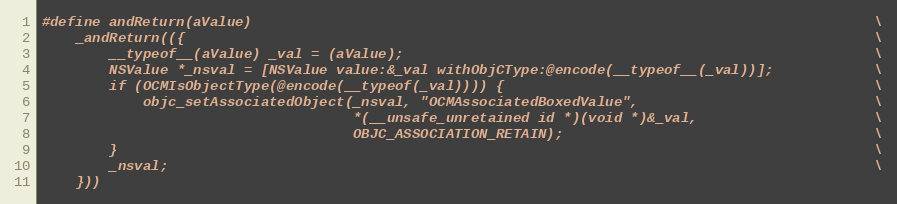
Language: C
#define andReturn(aValue)                                                                          \
    _andReturn(({                                                                                  \
        __typeof__(aValue) _val = (aValue);                                                        \
        NSValue *_nsval = [NSValue value:&_val withObjCType:@encode(__typeof__(_val))];            \
        if (OCMIsObjectType(@encode(__typeof(_val)))) {                                            \
            objc_setAssociatedObject(_nsval, "OCMAssociatedBoxedValue",                            \
                                     *(__unsafe_unretained id *)(void *)&_val,                     \
                                     OBJC_ASSOCIATION_RETAIN);                                     \
        }                                                                                          \
        _nsval;                                                                                    \
    }))